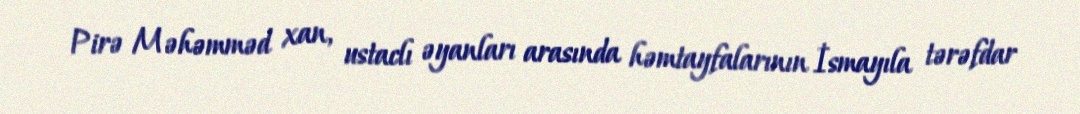
Pirə Məhəmməd xan, ustaclı əyanları arasında həmtayfalarının İsmayıla tərəfdar